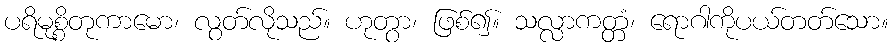
ပရိမုစ္စိတုကာမော၊ လွတ်လိုသည်။ ဟုတွာ၊ ဖြစ်၍။ သလ္လာကတ္တံ၊ ရောဂါကိုပယ်တတ်သော။